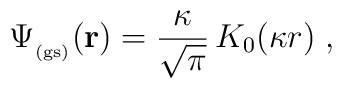
\Psi_{_{\rm (gs)}} ({\bf r})=\frac{\kappa}{ \sqrt{\pi} } \, K_{0} (\kappa r) \; ,